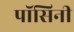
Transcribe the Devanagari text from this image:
पॉसिनी